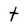
Character: t